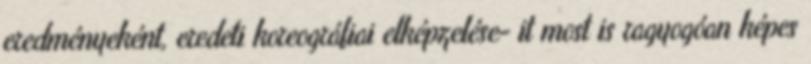
eredményeként, eredeti koreográfiai elképzelése- it most is ragyogóan képes